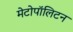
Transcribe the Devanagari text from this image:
मेटोपॉलिटन